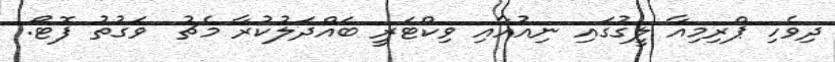
ދިވެހި ޕްރިމިއާ ލީގުގައި ނިއުއާއި ވިކްޓަރީ ބައްދަލުކުރާ މެޗު  ވަގުތު ފޮޓޯ: